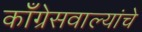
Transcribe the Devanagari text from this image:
काँग्रेसवाल्यांचे